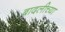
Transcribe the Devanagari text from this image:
बादलीच्या